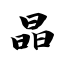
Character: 晶